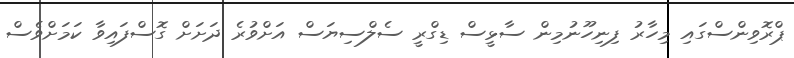
ޕްރޮވިންސްގައި މިހާރު ފިނިހޫނުމިން ސާޅީސް ޑިގްރީ ސެލްސިޔަސް އަށްވުރެ ދަށަށް ގޮސްފައިވާ ކަމަށްވެސް